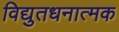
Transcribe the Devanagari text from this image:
विद्युतधनात्मक